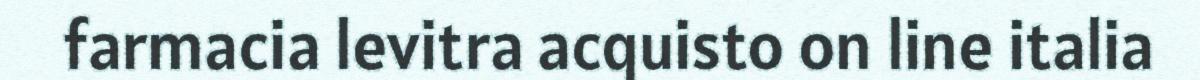
farmacia levitra acquisto on line italia